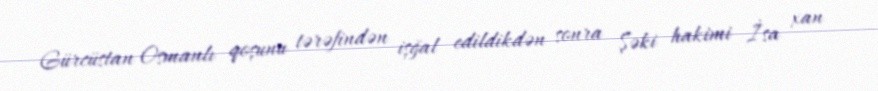
Gürcüstan Osmanlı qoşunu tərəfindən işğal edildikdən sonra Şəki hakimi İsa xan